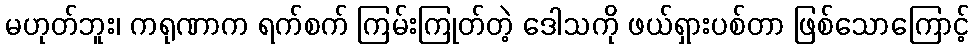
မဟုတ်ဘူး၊ ကရုဏာက ရက်စက် ကြမ်းကြုတ်တဲ့ ဒေါသကို ဖယ်ရှားပစ်တာ ဖြစ်သောကြောင့်